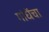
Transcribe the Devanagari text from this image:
गांधेंचा